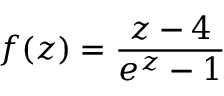
f ( z ) = { \frac { z - 4 } { e ^ { z } - 1 } }